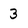
Character: 3